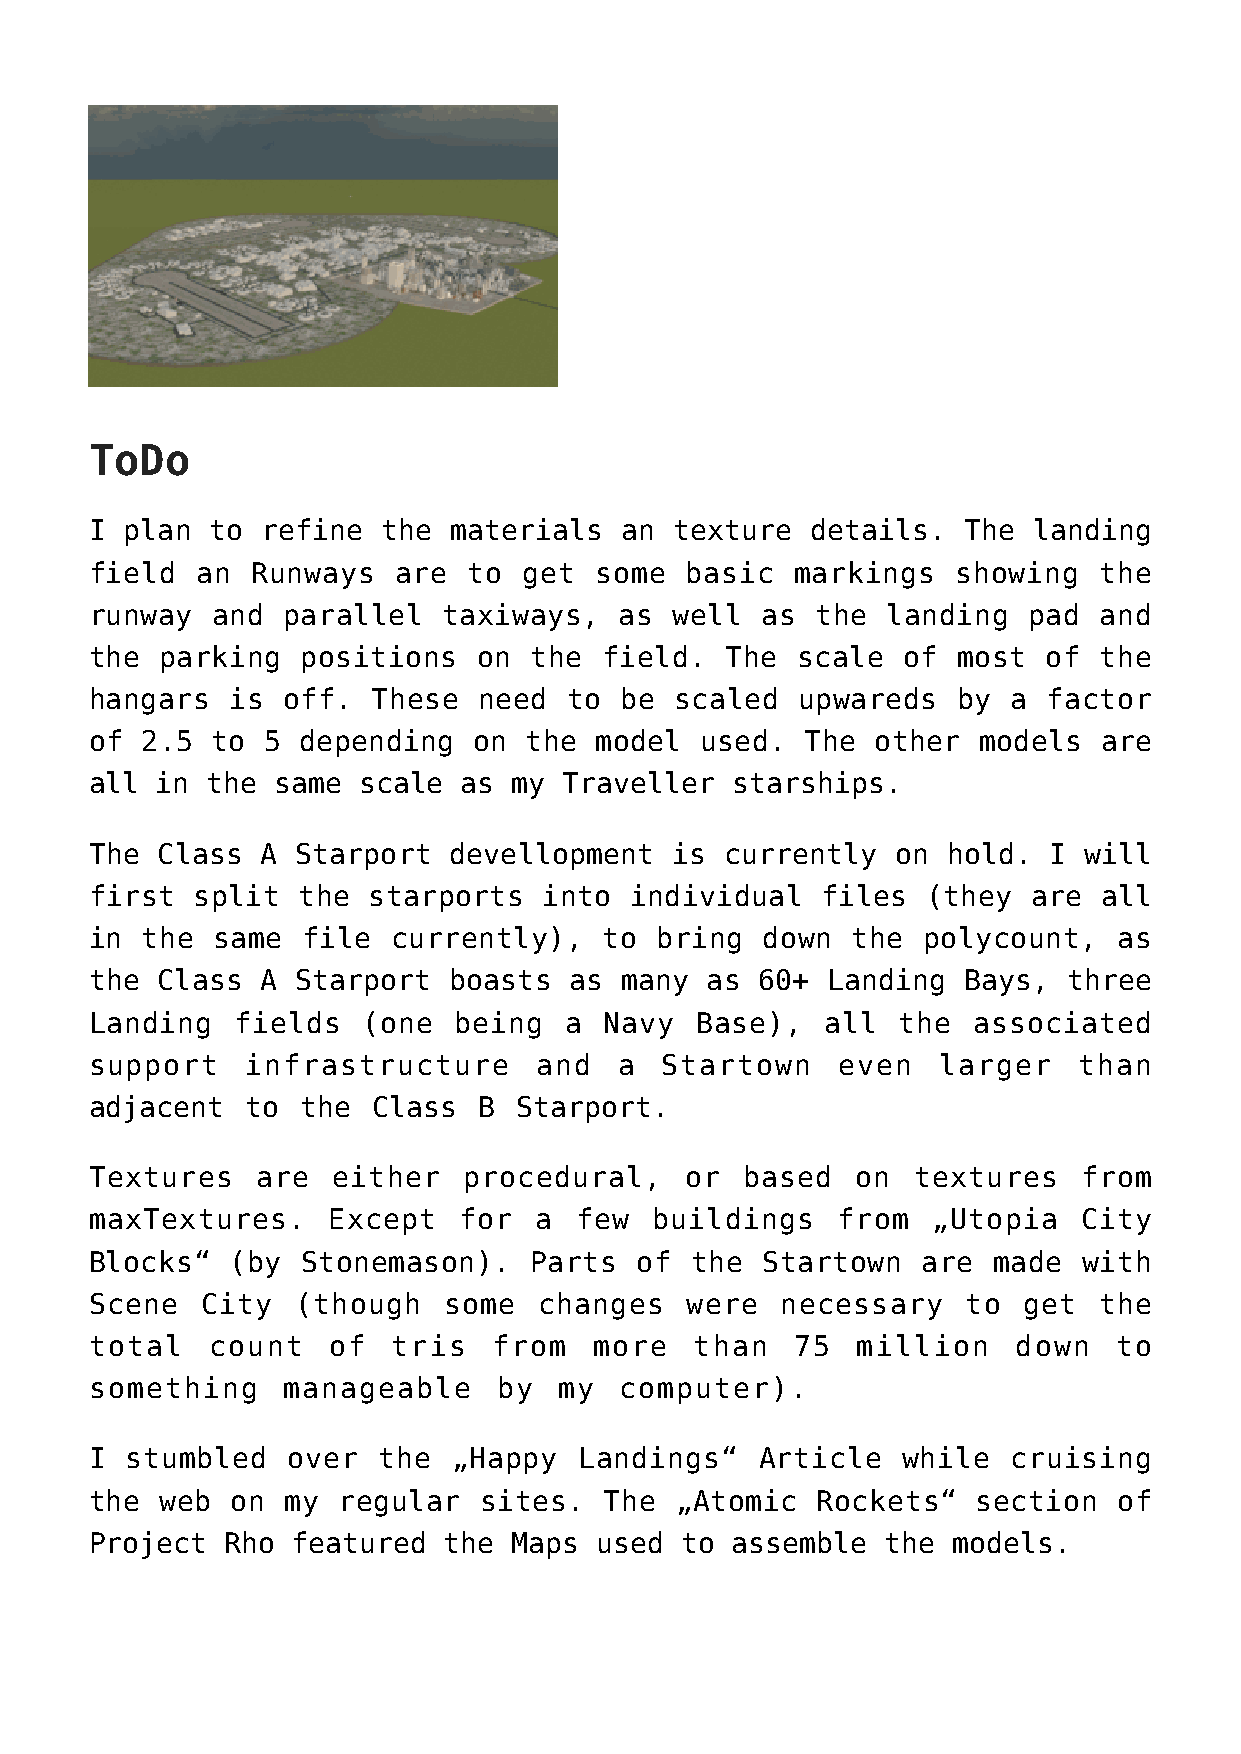
ToDo
 I plan  to refine  the  materials  an texture   details.  The landing
 field  an  Runways  are  to  get some  basic   markings  showing   the
 runway  and  parallel  taxiways,   as  well as  the  landing  pad  and
 the  parking  positions   on the  field.  The  scale  of most  of  the
 hangars  is  off.  These  need  to be  scaled  upwareds  by  a factor
 of 2.5  to 5  depending  on  the model  used.  The  other  models  are
 all in  the same  scale  as my Traveller  starships.
 The Class  A  Starport  devellopment  is  currently  on  hold. I  will
 first  split  the starports   into  individual  files  (they  are  all
 in the  same  file  currently),   to bring   down the  polycount,   as
 the Class  A  Starport  boasts  as many  as 60+  Landing  Bays,  three
 Landing   fields  (one  being  a  Navy  Base),   all the  associated
 support   infrastructure     and   a  Startown    even  larger   than
 adjacent  to  the  Class  B Starport.
 Textures   are  either   procedural,   or  based   on textures    from
 maxTextures.    Except  for  a  few  buildings   from   „Utopia   City
 Blocks“  (by  Stonemason).   Parts  of  the Startown   are  made  with
 Scene  City   (though  some   changes  were   necessary   to  get  the
 total   count   of  tris   from  more   than   75  million   down   to
 something    manageable    by  my  computer).
 I stumbled   over  the  „Happy  Landings“   Article   while  cruising
 the  web on  my regular   sites.  The  „Atomic  Rockets“   section  of
 Project  Rho featured  the  Maps used  to assemble   the models.